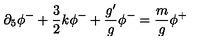
\partial _ { 5 } \phi ^ { - } + \frac { 3 } { 2 } k \phi ^ { - } + \frac { g ^ { \prime } } { g } \phi ^ { - } = \frac { m } { g } \phi ^ { + }